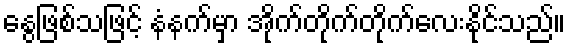
နွေဖြစ်သဖြင့် နံနက်မှာ အိုက်တိုက်တိုက်လေးနိုင်သည်။